Indian journal of veterinary science and animal husbandry - Volume 12,
Year: 1942
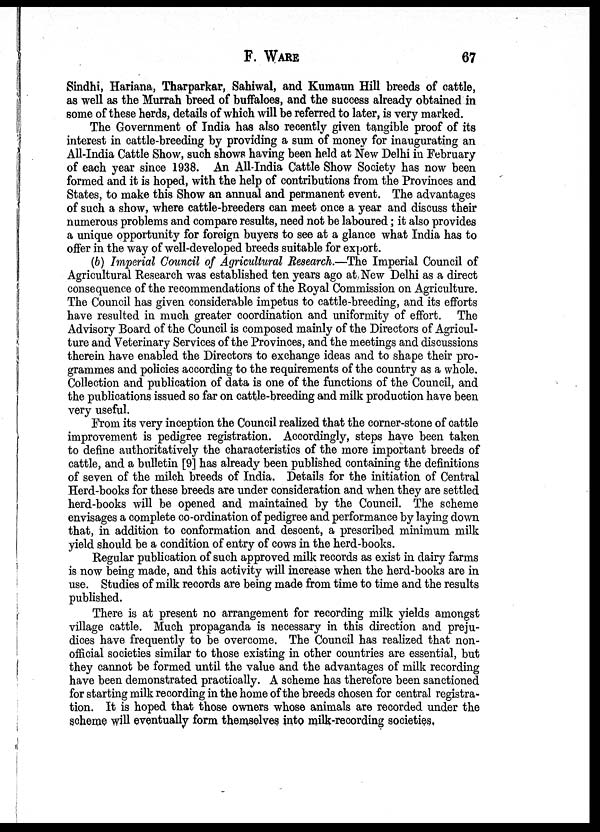
F. WARE 67
Sindhi, Hariana, Tharparkar, Sahiwal, and Kumaun Hill breeds of cattle,
as well as the Murrah breed of buffaloes, and the success already obtained in
some of these herds, details of which will be referred to later, is very marked.
The Government of India has also recently given tangible proof of its
interest in cattle-breeding by providing a sum of money for inaugurating an
All-India Cattle Show, such shows having been held at New Delhi in February
of each year since 1938. An All-India Cattle Show Society has now been
formed and it is hoped, with the help of contributions from the Provinces and
States, to make this Show an annual and permanent event. The advantages
of such a show, where cattle-breeders can meet once a year and discuss their
numerous problems and compare results, need not be laboured; it also provides
a unique opportunity for foreign buyers to see at a glance what India has to
offer in the way of well-developed breeds suitable for export.
(b) Imperial Council of Agricultural Research.—The Imperial Council of
Agricultural Research was established ten years ago at New Delhi as a direct
consequence of the recommendations of the Royal Commission on Agriculture.
The Council has given considerable impetus to cattle-breeding, and its efforts
have resulted in much greater coordination and uniformity of effort. The
Advisory Board of the Council is composed mainly of the Directors of Agricul-
ture and Veterinary Services of the Provinces, and the meetings and discussions
therein have enabled the Directors to exchange ideas and to shape their pro-
grammes and policies according to the requirements of the country as a whole.
Collection and publication of data is one of the functions of the Council, and
the publications issued so far on cattle-breeding and milk production have been
very useful.
From its very inception the Council realized that the corner-stone of cattle
improvement is pedigree registration. Accordingly, steps have been taken
to define authoritatively the characteristics of the more important breeds of
cattle, and a bulletin [9] has already been published containing the definitions
of seven of the milch breeds of India. Details for the initiation of Central
Herd-books for these breeds are under consideration and when they are settled
herd-books will be opened and maintained by the Council. The scheme
envisages a complete co-ordination of pedigree and performance by laying down
that, in addition to conformation and descent, a prescribed minimum milk
yield should be a condition of entry of cows in the herd-books.
Regular publication of such approved milk records as exist in dairy farms
is now being made, and this activity will increase when the herd-books are in
use. Studies of milk records are being made from time to time and the results
published.
There is at present no arrangement for recording milk yields amongst
village cattle. Much propaganda is necessary in this direction and preju-
dices have frequently to be overcome. The Council has realized that non-
official societies similar to those existing in other countries are essential, but
they cannot be formed until the value and the advantages of milk recording
have been demonstrated practically. A scheme has therefore been sanctioned
for starting milk recording in the home of the breeds chosen for central registra-
tion. It is hoped that those owners whose animals are recorded under the
scheme will eventually form themselves into milk-recording societies.